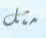
مثل